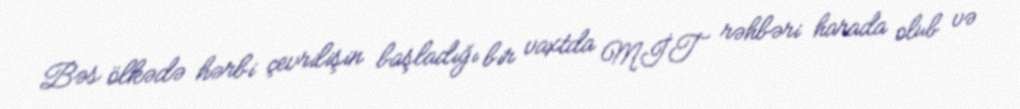
Bəs ölkədə hərbi çevrilişin başladığı bir vaxtda MİT rəhbəri harada olub və